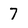
Character: 7